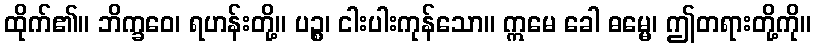
ထိုက်၏။ ဘိက္ခဝေ၊ ရဟန်းတို့။ ပဉ္စ၊ ငါးပါးကုန်သော။ ဣမေ ခေါ ဓမ္မေ၊ ဤတရားတို့ကို။